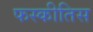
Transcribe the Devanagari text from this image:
फस्कीतिस